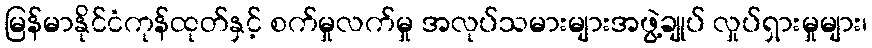
မြန်မာနိုင်ငံကုန်ထုတ်နှင့် စက်မှုလက်မှု အလုပ်သမားများအဖွဲ့ချုပ် လှုပ်ရှားမှုများ၊